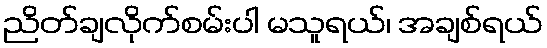
ညိတ်ချလိုက်စမ်းပါ မသူရယ်၊ အချစ်ရယ်